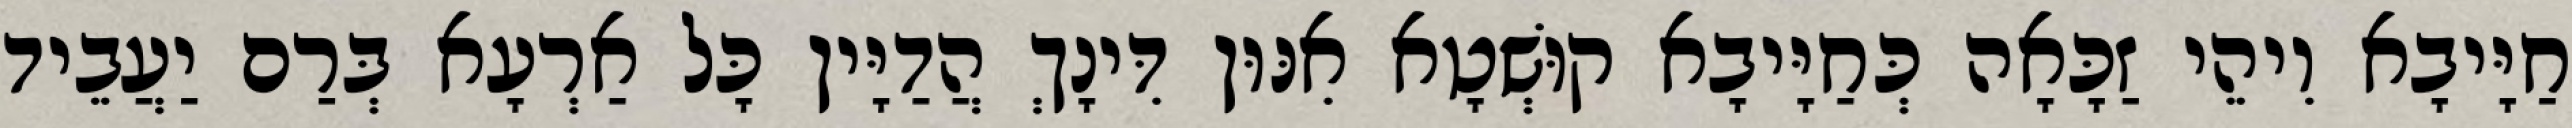
חַיָּיבָא וִיהֵי זַכָּאָה כְּחַיָּיבָא קוּשְׁטָא אִנּוּן דִּינָךְ הֲדַיָּין כָּל אַרְעָא בְּרַם יַעֲבֵיד